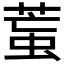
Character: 𦳶